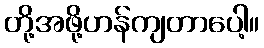
တို့အဖို့ဟန်ကျတာပေါ့။